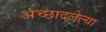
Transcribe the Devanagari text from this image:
अच्छादलेल्या